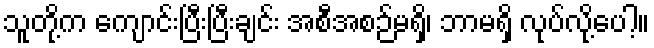
သူတို့က ကျောင်းပြီးပြီးချင်း အစီအစဉ်မရှိ၊ ဘာမရှိ လုပ်လို့ပေါ့။